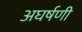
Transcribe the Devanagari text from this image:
अघर्षणी